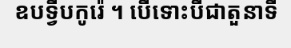
ឧបទ្វីបកូរ៉េ ។ បើទោះបីជាតួនាទី